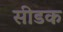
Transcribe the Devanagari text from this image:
सीडक